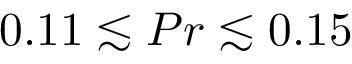
{ 0 . 1 1 \lesssim P r \lesssim 0 . 1 5 }